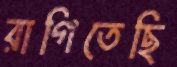
রাগিতেছি